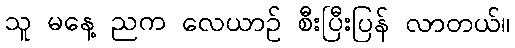
သူ မနေ့ ညက လေယာဉ် စီးပြီးပြန် လာတယ်။